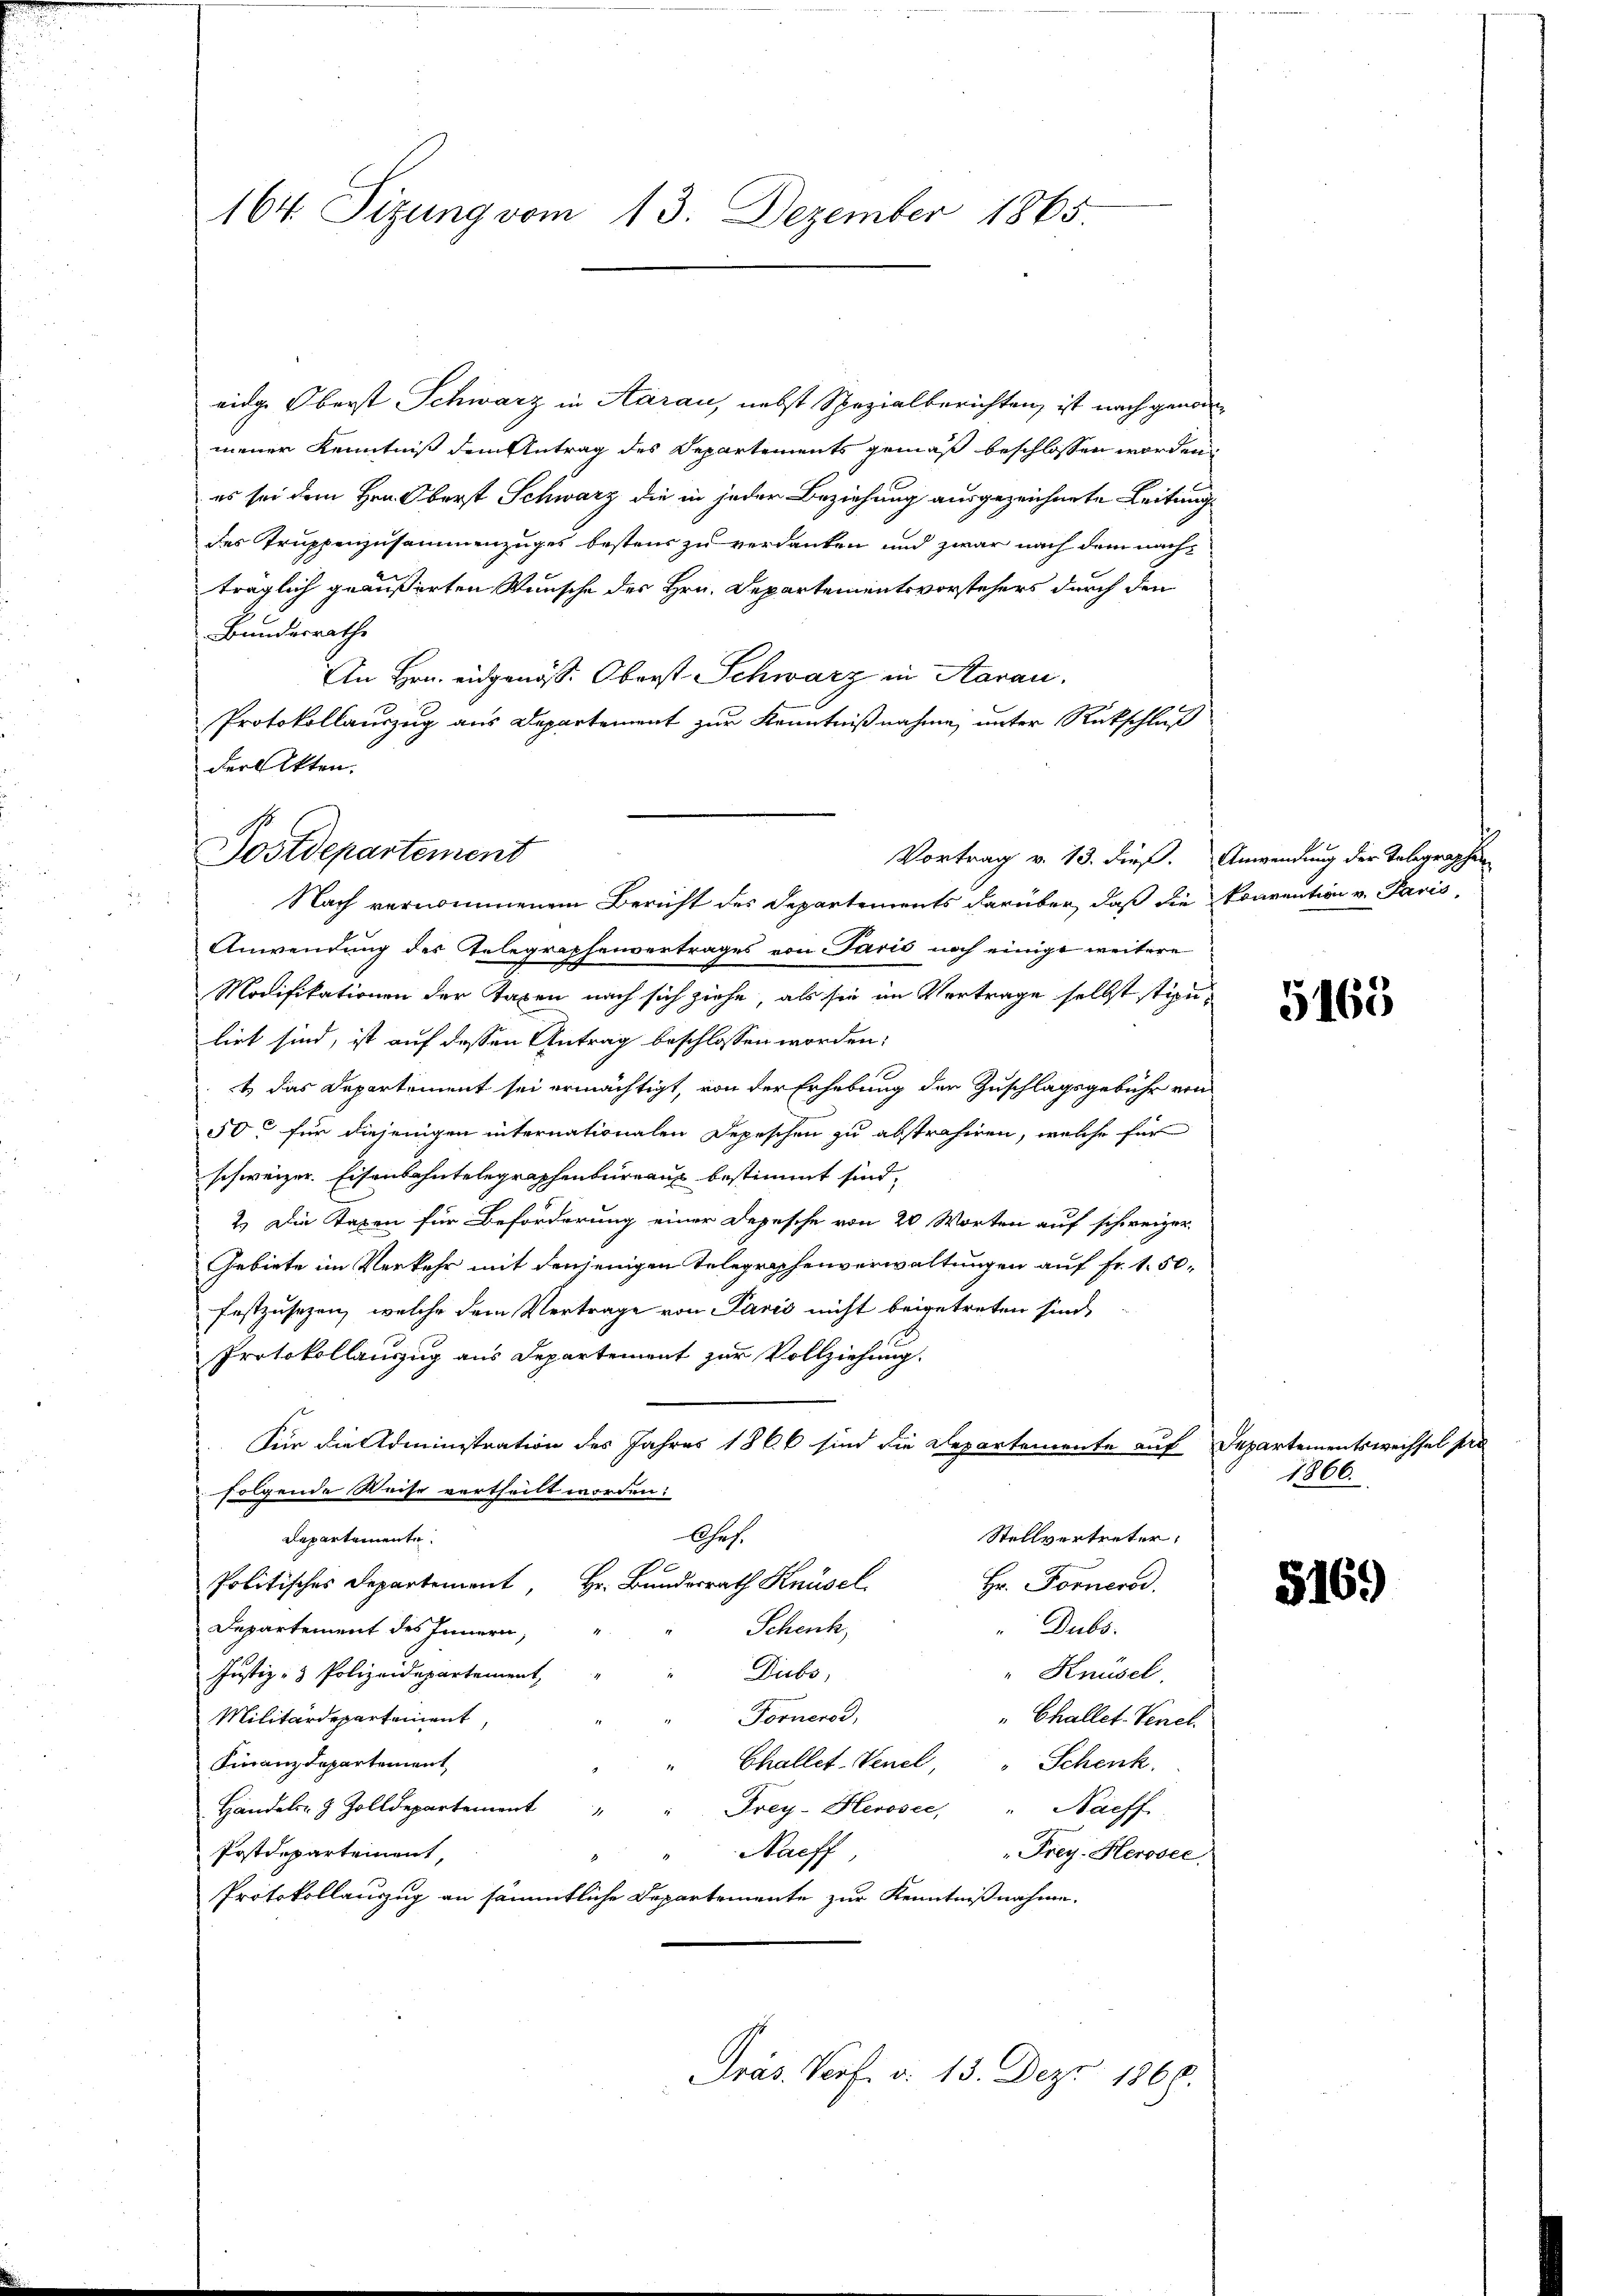
164. Sizung vom 13. Dezember 1865.

eidge Oberst Schwarz in Aarau, nebst Spezialberichten, ist nach genommener Kenntniß dem Antrag des Departements gemäß beschlossen worden,
es sei dem Hrn. Oberst Schwarz die in jeder Beziehung ausgezeichnete Leitung
des Truppenzusammenzuges bestens zu verdanken und zwar nach dem nachträglich geäußerten Wunsche des Hrn. Departementsvorstehers durch den
Bundesrathe
An Hrn. eidgenöss. Oberst Schwarz in Aarau
Protokollauszug aus Departement zur Kenntnißnahme, unter Rückschluß
der Akten.
Vortrag v. 13. dieß. Anwendung der Telegraphen
Nach vernommenem Bericht des Departements darüber, daß die konvention v. Paris,
Anwendung des Telegraphenvertrages von Paris noch einige weitere
Modifikationen der Taxen nach sich ziehe, als sie im Vertrage selbst stipuliet sind, ist auf dessen Antrag beschlossen worden;
t das Departement sei ermächtigt, von der Erhebung der Zuschlagsgebühr von
50 für diejenigen internationalen Depeschen zu abstrahiren, welche für
schweizer. Eisenbahntelegraphenbureau bestimmt sind,
2.) Die Taxen für Beförderung einer Depesche von 20 Worten auf schweizer
Gebiete im Verkehr mit denjenigen Telegraphenverwaltungen auf fr. 1. 50.
festzusetzen, welche dem Vertrage von Paris nicht beigetreten sind,
Protokollauszug aus Departement zur Vollziehung.
Für die Administration des Jahres 1866 sind die Separtemente auf Departementsweissel pra
folgende Weise vertheilt worden:
Departemente.
Ches.
Stellvertreter,
1
Politisches Departement, Hr. Bundesrath Knüsel
Hr. Forners.
Dubs.
Departement des Innern,
Schenk,
Diebs,
" Knüsel
Justiz- & Polizeidepartement,
Militärdepartement,
Fornerod,
" Challet. Venel.
Finanzdepartement
" Challet-Venel,
Schenk.
Handels- 9 Zolldepartement
" Frey-Herosec, " Naeff
Postdepartement,
Naeff
"Frey-Herosee
Protokollauzug an sämmtliche Departemente zur Kenntnißnahme.
Präs. Prof. v. 13. Dez. 1868.

Postdepartement

5165

1866.

5169